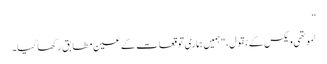
”
ٹموتھی ویکس کے بقول، "ہمیں ہماری توقعات کے عین مطابق رکھا گیا۔